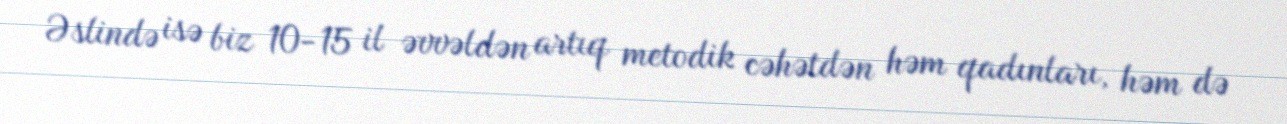
Əslində isə biz 10-15 il əvvəldən artıq metodik cəhətdən həm qadınları, həm də